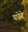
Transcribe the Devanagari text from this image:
यावेसे